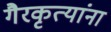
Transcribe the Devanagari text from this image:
गैरकृत्यांना